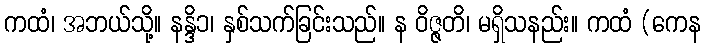
ကထံ၊ အဘယ်သို့။ နန္ဒိ၁၊ နှစ်သက်ခြင်းသည်။ န ဝိဇ္ဇတိ၊ မရှိသနည်း။ ကထံ (ကေန